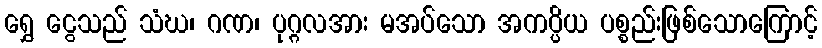
ရွှေ ငွေသည် သံဃ၊ ဂဏ၊ ပုဂ္ဂလအား မအပ်သော အကပ္ပိယ ပစ္စည်းဖြစ်သောကြောင့်